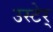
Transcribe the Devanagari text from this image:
उस्टेर्